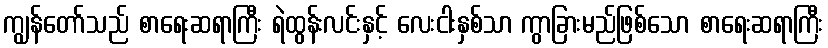
ကျွန်တော်သည် စာရေးဆရာကြီး ရဲထွန်းလင်းနှင့် လေးငါးနှစ်သာ ကွာခြားမည်ဖြစ်သော စာရေးဆရာကြီး